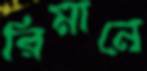
রিমানে